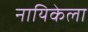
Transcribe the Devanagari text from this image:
नायिकेला